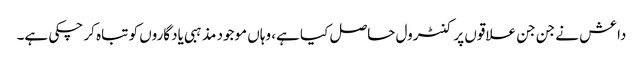
داعش نے جن جن علاقوں پر کنٹرول حاصل کیا ہے، وہاں موجود مذہبی یادگاروں کو تباہ کر چکی ہے۔